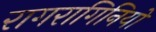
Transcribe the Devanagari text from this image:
रागरागिनियों